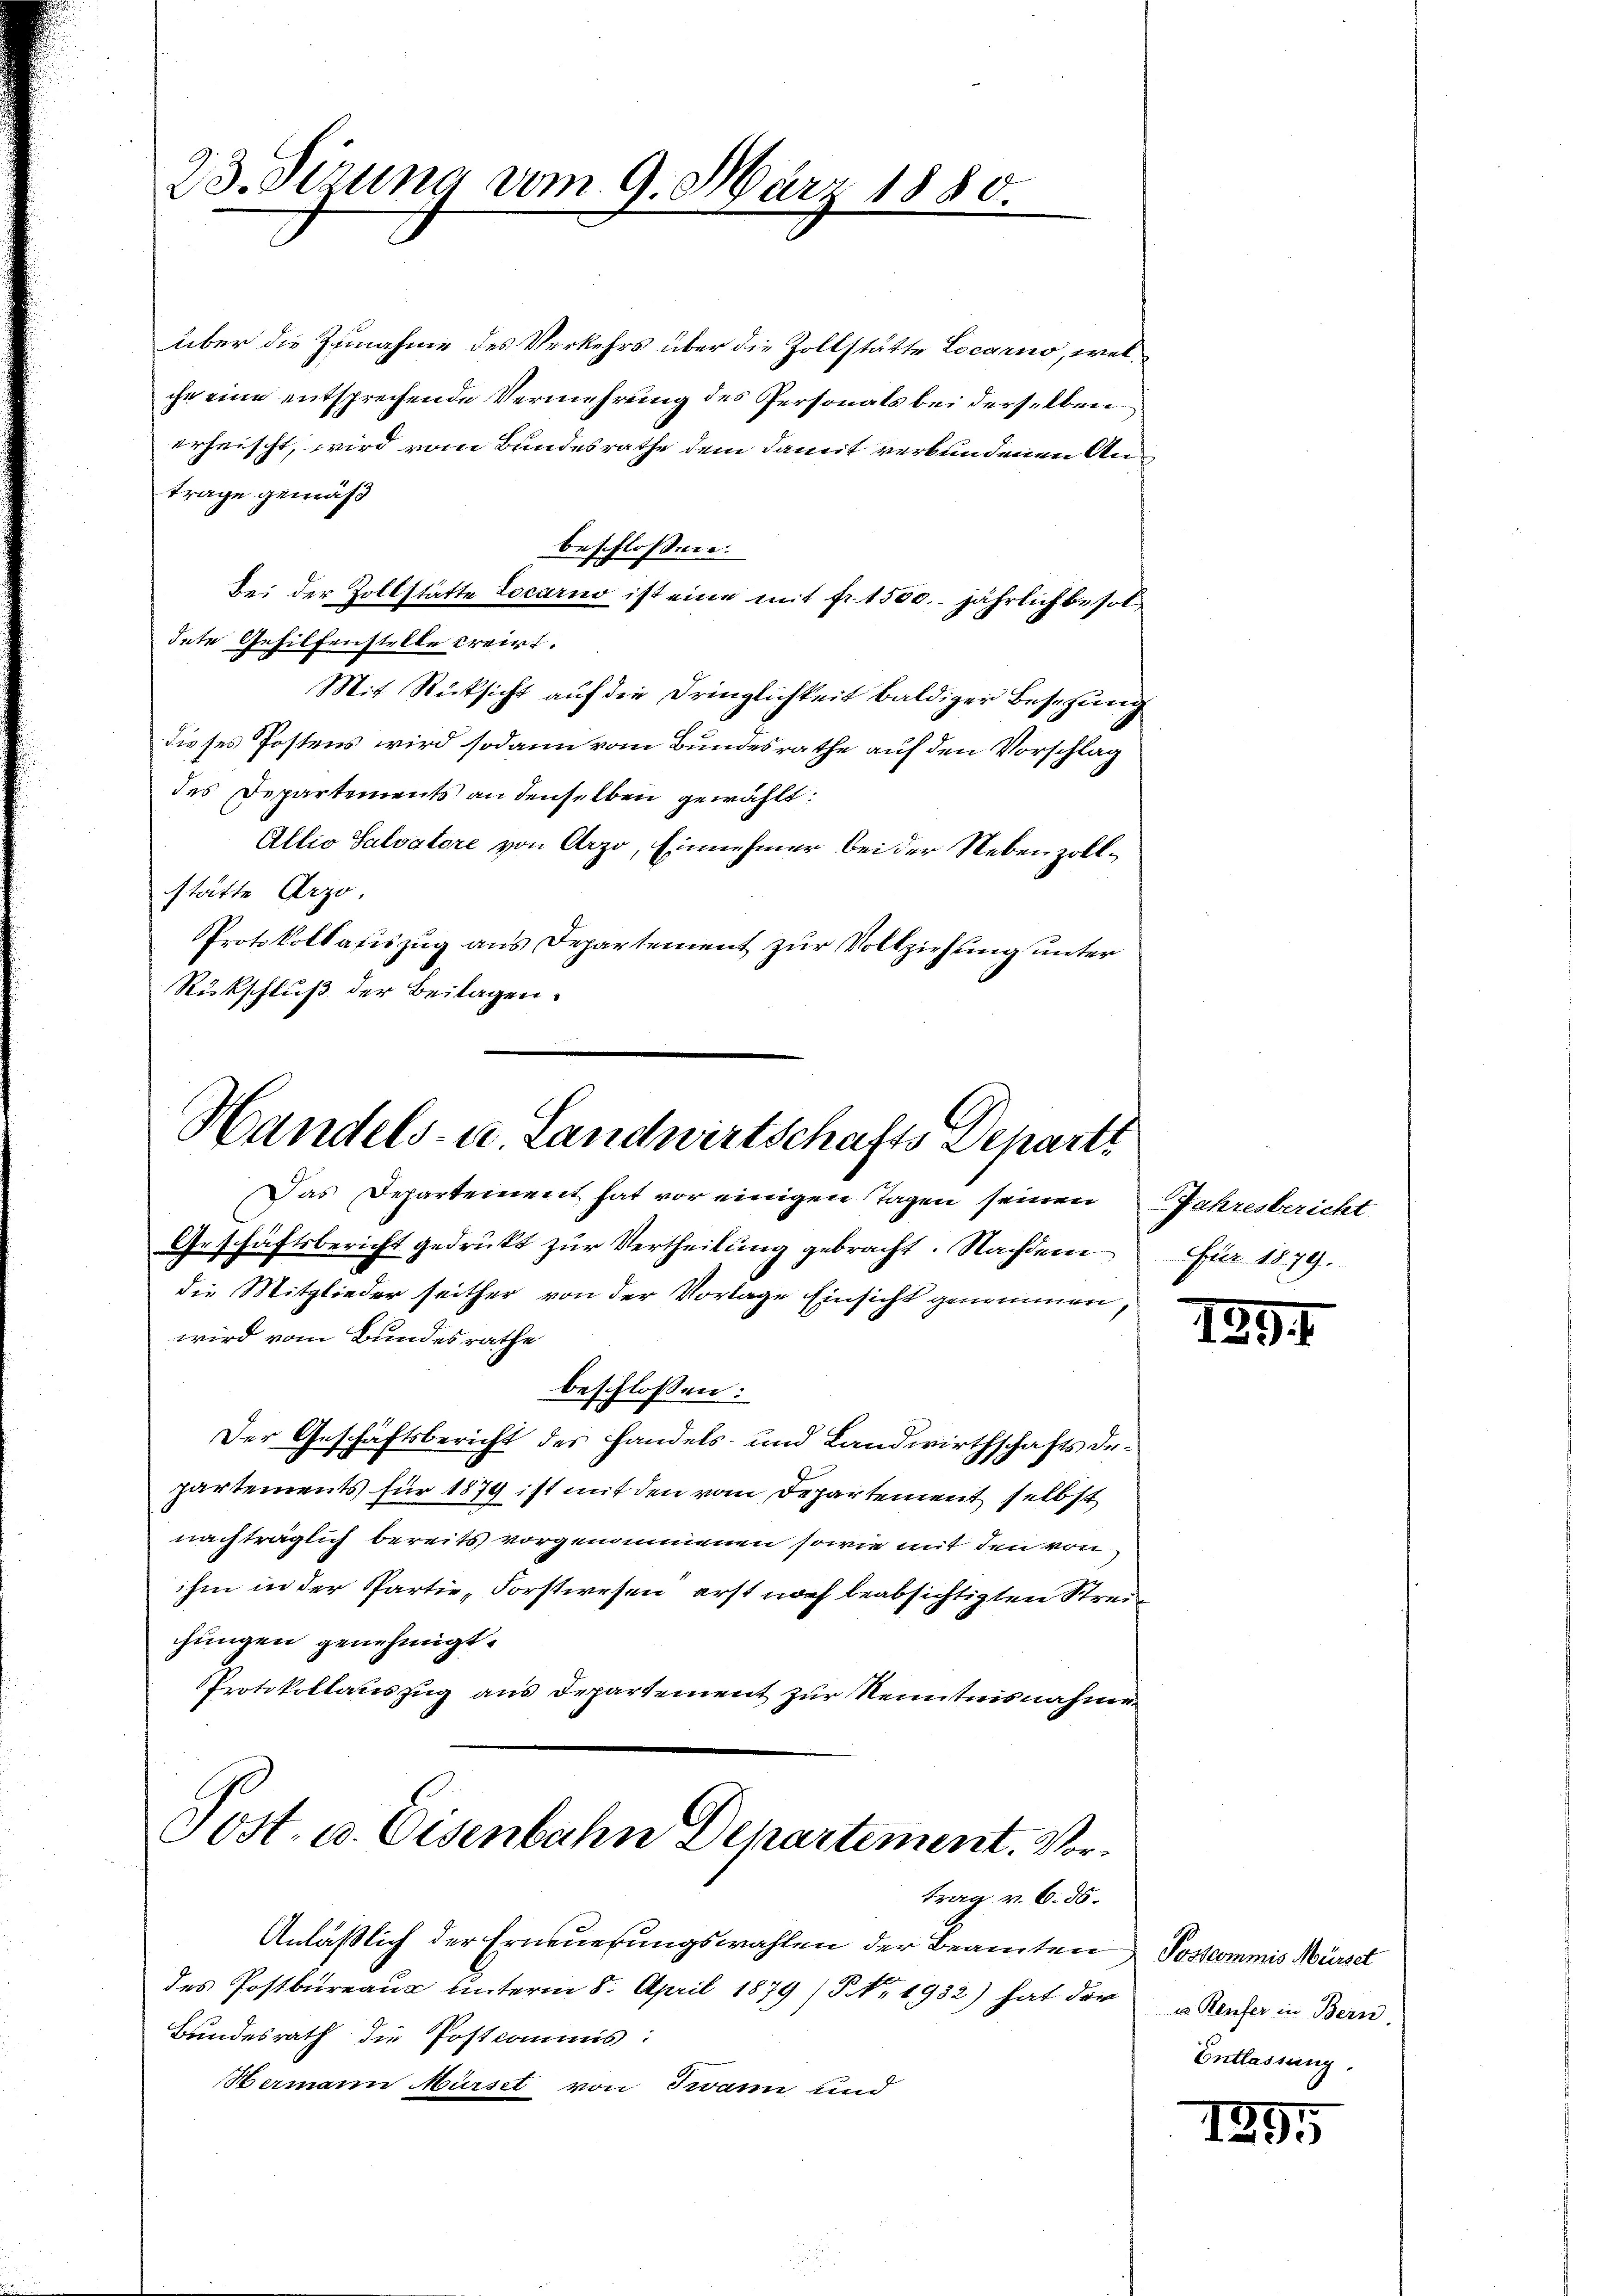
23. Sizung vom 9. März 1880.

über die Zunahme des Verkehrs über die Zollstätte Locarno, welche eine entsprechende Vermehrung des Personals bei derselben
erheischt, wird vom Bundesrathe dem damit verbundenen Anträge gemäß
beschlossen:
Bei der Zollstätte Locarno ist eine mit fr. 1500. jährlich besoldete Gehilfenstelle dreirt.
Mit Rücksicht auf die Dringlichkeit baldiger Beschung
dieses Postens wird sodann vom Bundesrathe auf den Vorschlag
des Departements an denselben gewählt:
Allio Salvatore von Arzo, Einnehmer bei der Nebenzollstätte Arzo.
Protokollafiszug aus Departement zur Vollziehung unter
Rückschluß der Beilagen.

Handels- u. Landwirtschafts Departi
Das Departement hat vor einigen Tagen seinen
Geschäftsbericht gedrükt zŭr Vertheilŭng gebracht. Nachdem Für 1879.

die Mitglieder seither von der Vorlage Einsicht genommen,
wird vom Bundesrathe
beschlossen:
Der Geschäftsbericht des Handels- und Landwirthschafts departements für 1874 ist mit den vom Departement selbst
nachträglich bereits vorgenommenen sowie mit den von
ihm in der Partie „Forstwesen, erst noch beabsichtigten Streichungen genehmigt.
Protokollauszug aus Departement zur Kenntnisnahme

Post. u. Eisenbahn Departement. Vortrag v. 6. ds.

Anläßlich der Erneuerungswahlen der Beamten
des Postbureaus unterm 8. April 1879 (§ No. 1932) hat der
Bundesrath die Postcommis:
Hermann Mürsel von Joann und

Jahresbericht

1891

Posscommis Mürset
u Reufer in Bern.
Entlassung.

1895